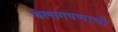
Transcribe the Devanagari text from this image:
बेलागपणाची